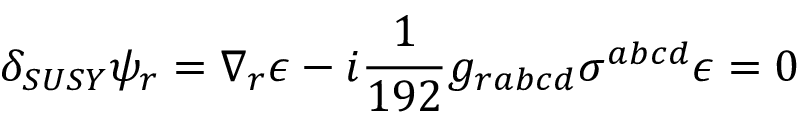
\delta _ { S U S Y } \psi _ { r } = \nabla _ { r } \epsilon - i { \frac { 1 } { 1 9 2 } } g _ { r a b c d } \sigma ^ { a b c d } \epsilon = 0